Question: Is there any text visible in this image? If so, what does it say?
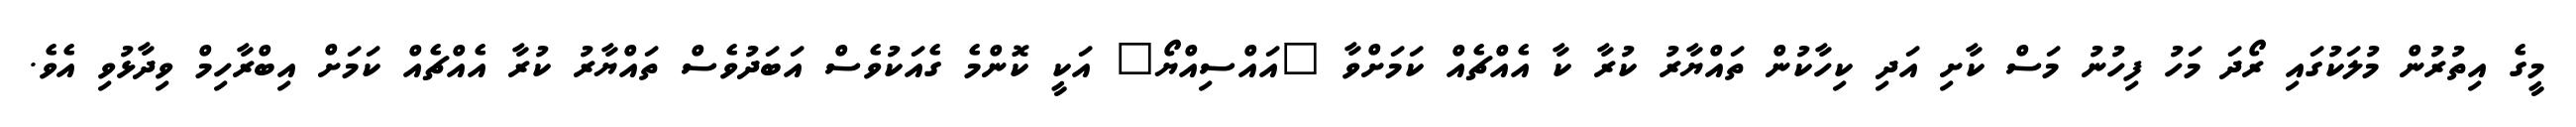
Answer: މީގެ އިތުރުން މުލަކުގައި ރޯދަ މަހު ފިހުނު މަސް ކާށި އަދި ކިހާކުން ތައްޔާރު ކުރާ ކާ އެއްޗެއް ކަމަށްވާ "އައްސިއްޔޯ" އަކީ ކޮންމެ ގެއަކުވެސް އަބަދުވެސް ތައްޔާރު ކުރާ އެއްޗެއް ކަމަށް އިބްރާހިމް ވިދާޅުވި އެވެ.